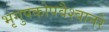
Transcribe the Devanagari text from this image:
भृगुपकोपवैश्वानरे